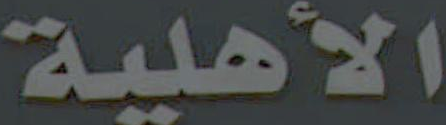
الأهلية